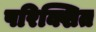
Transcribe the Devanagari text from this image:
परिक्शित